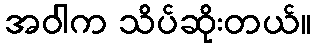
အဝါက သိပ်ဆိုးတယ်။